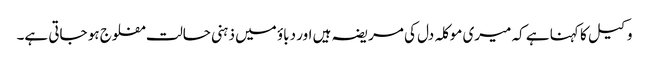
وکیل کا کہنا ہے کہ میری موکلہ دل کی مریضہ ہیں اور دباؤ میں ذہنی حالت مفلوج ہو جاتی ہے۔